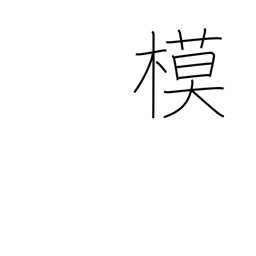
Meaning: mock